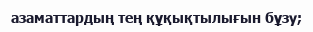
азаматтардың тең құқықтылығын бұзу;